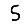
Digit: 5